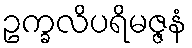
ဥက္ခလိပရိမဇ္ဇနံ